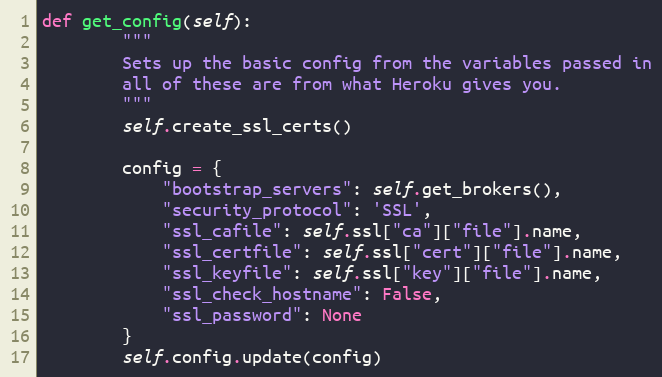
Language: Python
def get_config(self):
        """
        Sets up the basic config from the variables passed in
        all of these are from what Heroku gives you.
        """
        self.create_ssl_certs()

        config = {
            "bootstrap_servers": self.get_brokers(),
            "security_protocol": 'SSL',
            "ssl_cafile": self.ssl["ca"]["file"].name,
            "ssl_certfile": self.ssl["cert"]["file"].name,
            "ssl_keyfile": self.ssl["key"]["file"].name,
            "ssl_check_hostname": False,
            "ssl_password": None
        }
        self.config.update(config)